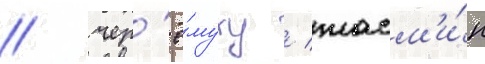
/ чер'ё́муху / жасм'и́н